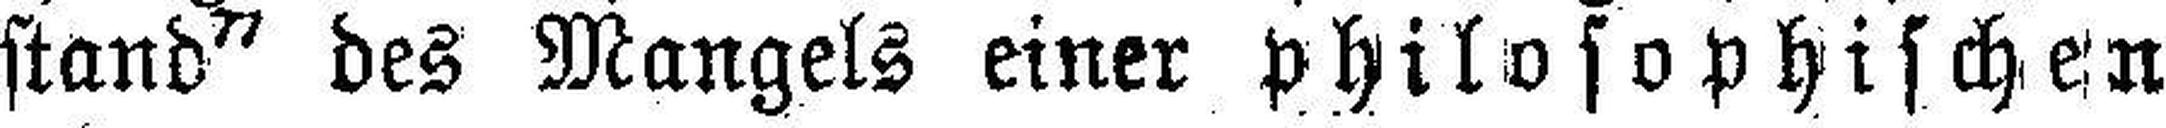
stand“ des Mangels einer philosophischen